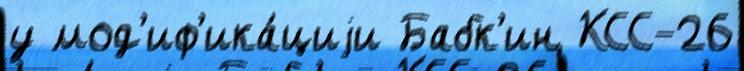
у мод'иф'ика́циjи Бабк'ин КСС-26